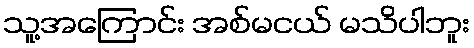
သူ့အကြောင်း အစ်မငယ် မသိပါဘူး